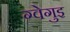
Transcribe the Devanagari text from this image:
ग्वेगुइ